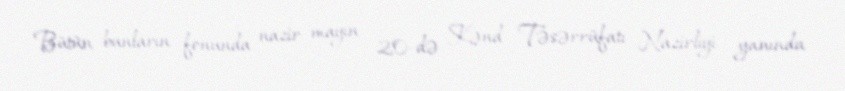
Bütün bunların fonunda nazir mayın 20-də Kənd Təsərrüfatı Nazirliyi yanında